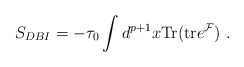
\begin{align*}S_{DBI} = -{\tau_0}\int d^{p+1}x {\rm Tr}({\rm tr} e^{{\cal F}}) \ .\end{align*}